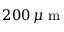
2 0 0 \, \mu \mathrm { ~ m ~ }